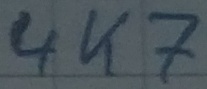
Text: 4K7